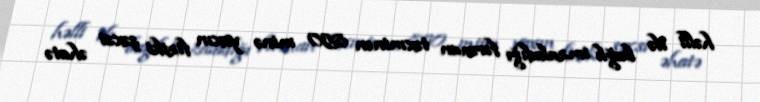
həlli ilə bağlı imzaladığı fərman təxminən 850 minə yaxın fiziki şəxsi əhatə